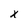
Character: x